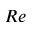
R e